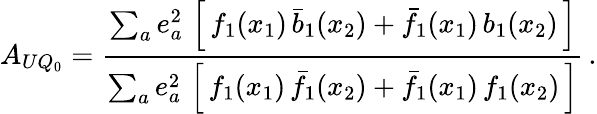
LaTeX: A_{UQ_{0}}=\frac{\sum_{a}e_{a}^{2}\, \left[\, f_{1}(x_{1})\, \bar{b}_{1}(x_{2})+\bar{f}_{1}(x_{1})\, b_{1}(x_{2})\, \right]}{\sum_{a}e_{a}^{2}\, \left[\, f_{1}(x_{1})\, \bar{f}_{1}(x_{2})+\bar{f}_{1}(x_{1})\, f_{1}(x_{2})\, \right]}\, .